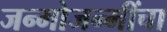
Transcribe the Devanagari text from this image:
जन्मोजन्मींचा